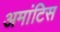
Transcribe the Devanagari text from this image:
अमांटिस